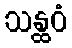
သန္ထဝံ